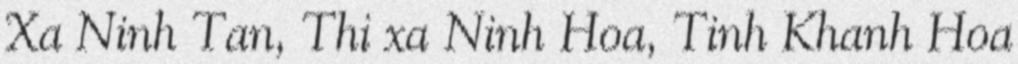
Xa Ninh Tan, Thi xa Ninh Hoa, Tinh Khanh Hoa